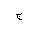
Letter: _gim